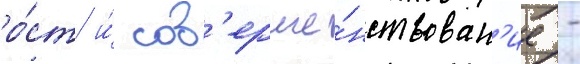
ро́ст и́ сов'ерше́нствован'ие -